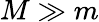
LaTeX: M\gg m